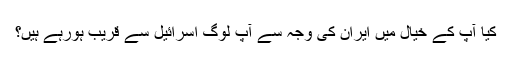
کیا آپ کے خیال میں ایران کى وجہ سے آپ لوگ اسرائیل سے قریب ہورہے ہیں؟